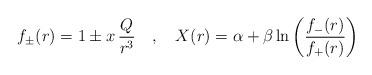
LaTeX: \begin{align*} f_{\pm}(r) = 1 \pm x\, \frac{Q}{r^3} ~~~,~~~ X(r) = \alpha + \beta \ln \left(\frac{f_{-}(r)}{f_{+}(r)} \right)\end{align*}